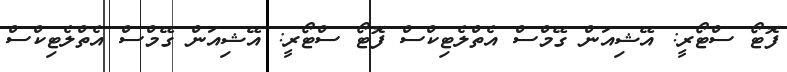
ފޮޓޯ ސްޓޯރީ: އޭޝިއަން ގޭމްސް އެތްލެޓިކްސް ފޮޓޯ ސްޓޯރީ: އޭޝިއަން ގޭމްސް އެތްލެޓިކްސް